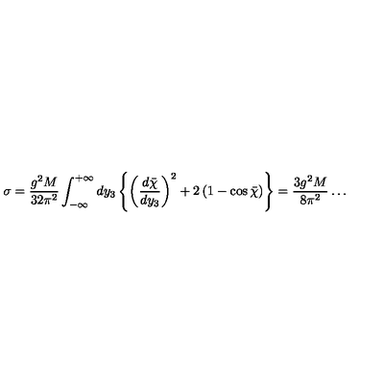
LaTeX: \sigma = { \frac { g ^ { 2 } M } { 3 2 \pi ^ { 2 } } } \int _ { - \infty } ^ { + \infty } d y _ { 3 } \left\{ \left( { \frac { d \bar { \chi } } { d y _ { 3 } } } \right) ^ { 2 } + 2 \left( 1 - \cos \bar { \chi } \right) \right\} = { \frac { 3 g ^ { 2 } M } { 8 \pi ^ { 2 } } } \ldots